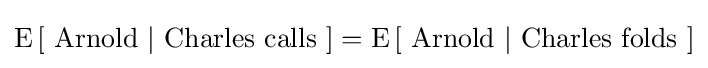
\operatorname {E} \left[{\mbox{ Arnold }}|{\mbox{ Charles calls }}\right]=\operatorname {E} \left[{\mbox{ Arnold }}|{\mbox{ Charles folds }}\right]